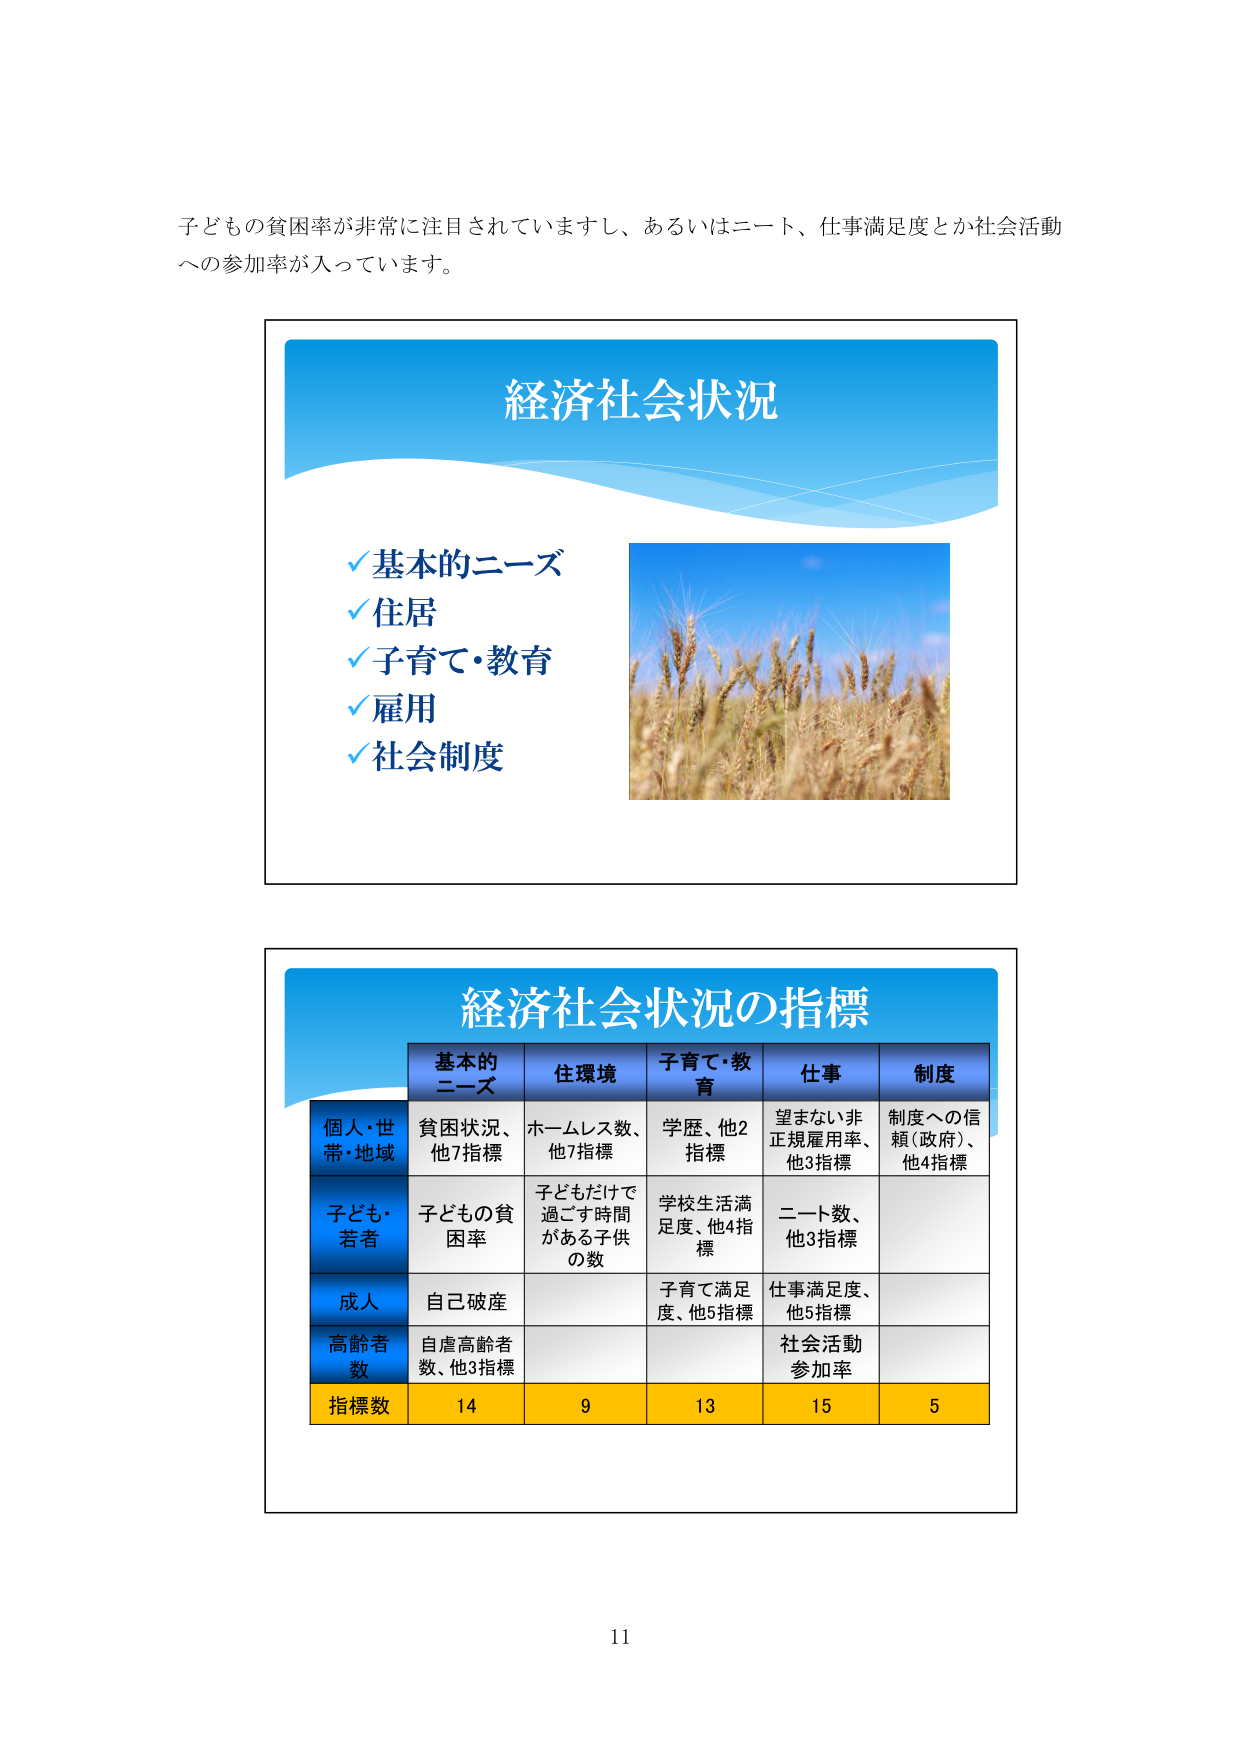
子どもの貧困率が非常に注目されていますし、あるいはニート、仕事満足度とか社会活動
への参加率が入っています。

経済社会状況
✓基本的ニーズ
✓住居
✓子育て・教育
✓雇用
✓社会制度

経済社会状況の指標
基本的
ニーズ
住環境
子育て・教育
仕事
制度
個人・世
帯・地域
貧困状況、
他7指標
ホームレス数、
他7指標
学歴、他2
指標
望まない非
正規雇用率、
他3指標
制度への信
頼（政府）、
他4指標
子ども・
若者
子どもの貧
困率
子どもだけで
過ごす時間
がある子供
の数
学校生活満
足度、他4指
標
ニート数、
他3指標
成人
自己破産
子育て満足
度、他5指標
仕事満足度、
他5指標
高齢者
数
自虐高齢者
数、他3指標
社会活動
参加率
指標数
14
9
13
15
5

11